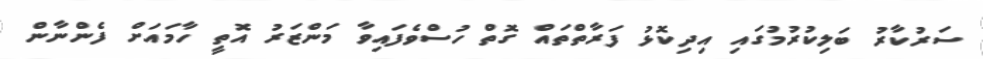
ސަރުކާރު ބަލިކުރުމުގައި އިދިކޮޅު ފަރާތްތައް ގޮތް ހުސްވެފައިވާ މަންޒަރު އޮތީ ހާމައަށް ފެންނާން